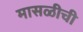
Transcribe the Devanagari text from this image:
मासळीची